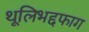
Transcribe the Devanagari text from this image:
थूलिभद्दफाग